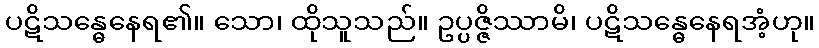
ပဋိသန္ဓေနေရ၏။ သော၊ ထိုသူသည်။ ဥပ္ပဇ္ဇိဿာမိ၊ ပဋိသန္ဓေနေရအံ့ဟု။